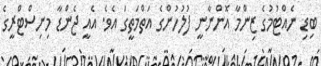
ބިޑި ނެއްޓުމުގެ ޒިންމާ އޮންނާނީ ފުލުހުންގެ އަތްމަތީގަ އެވެ. އެއީ ޖެންޑާ މިނިސްޓްރީގެ